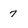
Character: 7